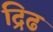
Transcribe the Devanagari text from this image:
द्रिढ